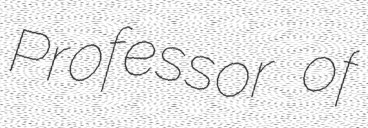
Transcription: Professor of